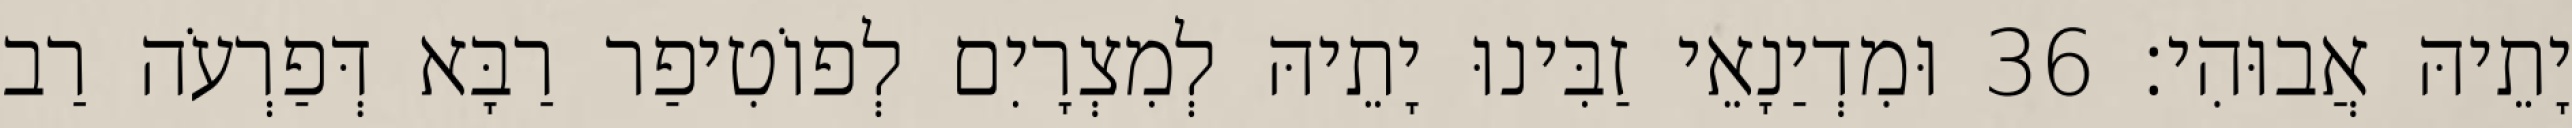
יָתֵיהּ אֲבוּהִי׃ 36 וּמִדְיַנָאֵי זַבִּינוּ יָתֵיהּ לְמִצְרָיִם לְפוֹטִיפַר רַבָּא דְּפַרְעֹה רַב